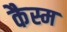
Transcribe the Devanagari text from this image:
कैस्म